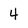
Character: 4